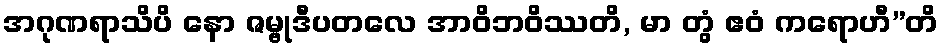
အဂုဏရာသိပိ နော ဇမ္ဗုဒီပတလေ အာဝိဘဝိဿတိ, မာ တွံ ဧဝံ ကရောဟီ”တိ